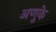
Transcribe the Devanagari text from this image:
अणुके